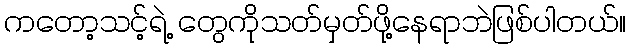
ကတော့သင့်ရဲ့ တွေကိုသတ်မှတ်ဖို့နေရာဘဲဖြစ်ပါတယ်။